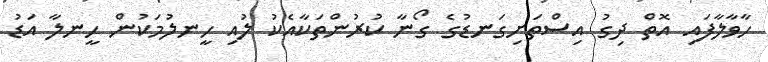
ހާވާލާފައި އޮތް ދިގު އިސްތަށިގަނޑުގެ ގޯނާ ކުރުންތަކާއެކު ލުއި ހީނލުމަކުން ހީނލާ އަޑު